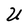
Character: U